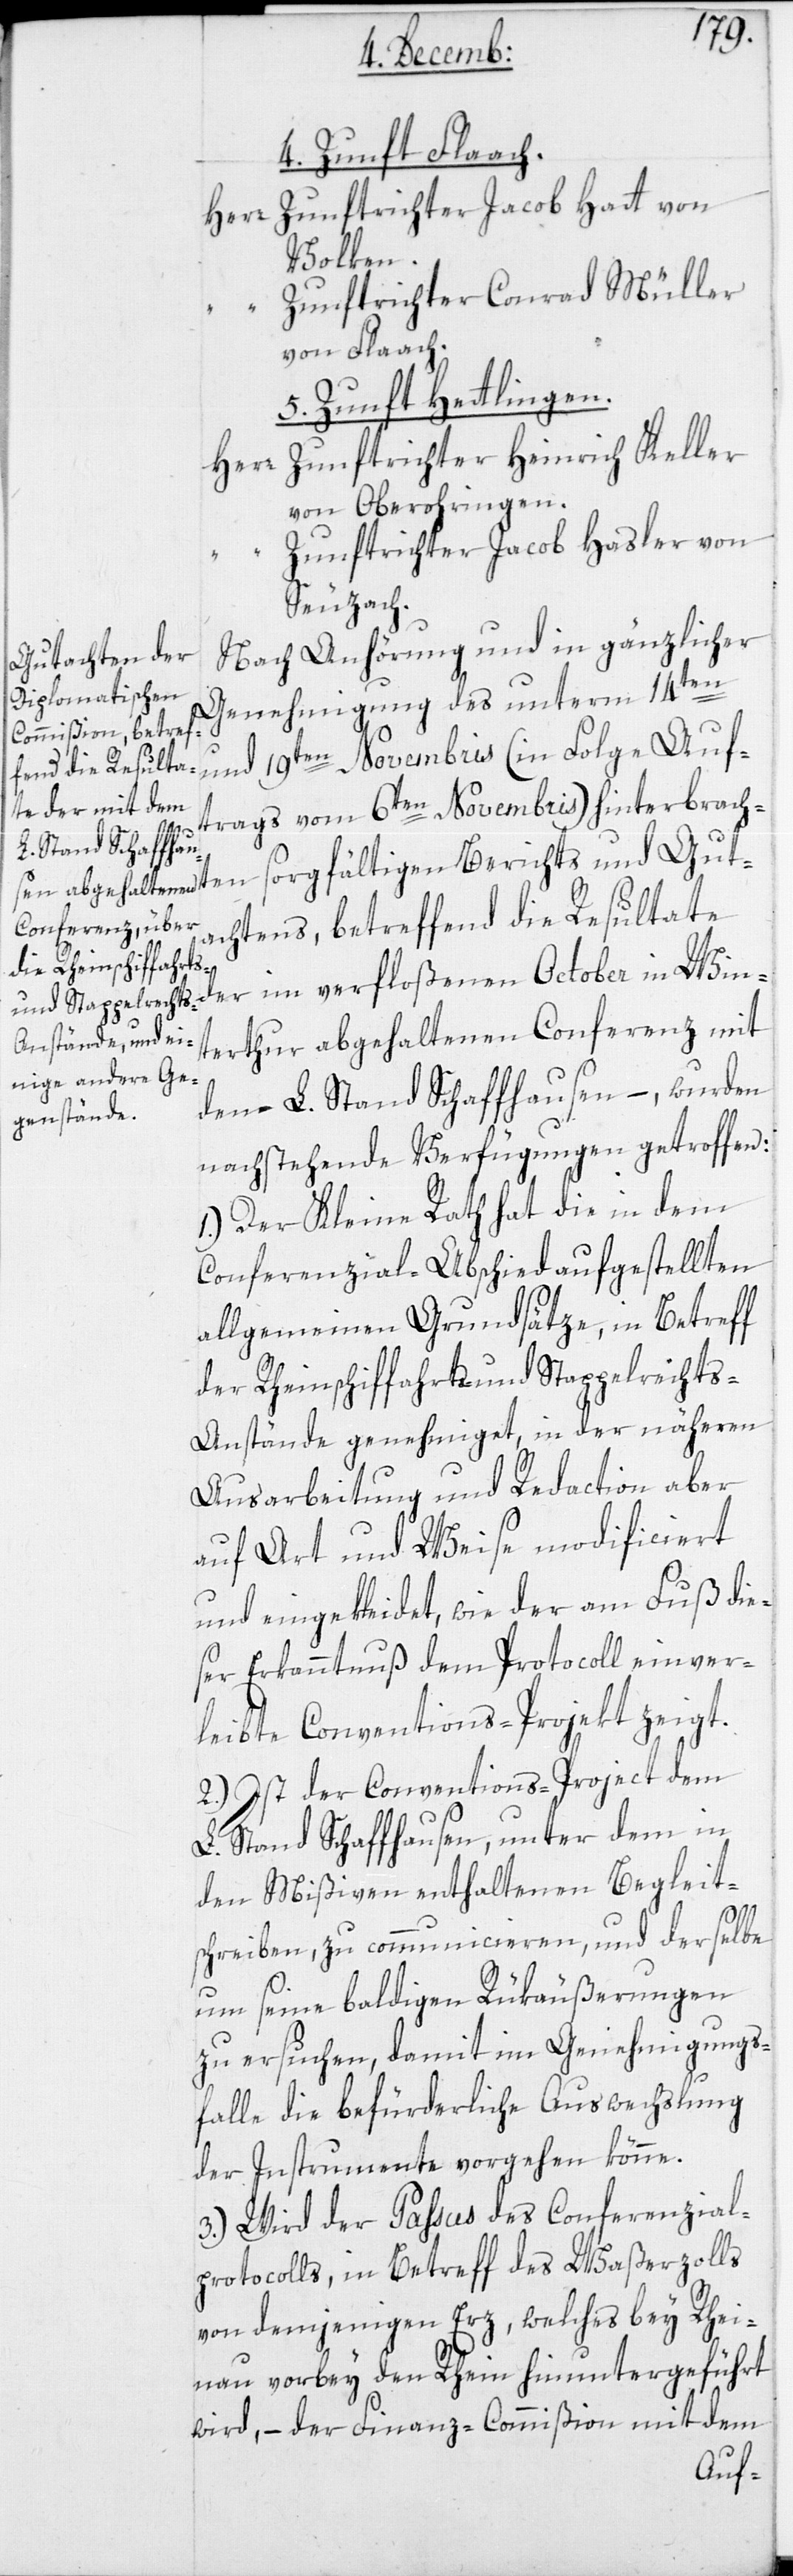
4. Zunft Flaach.
Zunftrichter Jacob Hatt von
Volken.
r Zunftrichter Conrad Müller
von Flaach.
5. Zunft Hettlingen.
Zunftrichter Heinrich Keller
Herr
von Oberohringen.
Zunftrichter Jacob Hasler von
Seuzach.
Nach Anhörung und in gänzlicher
Genehmigung des unterm 14ten
en
und 19ten Novembris (in Folge Auf¬
trags vom 6ten Novembris) hinterbracht¬
achtens, betreffend die Resultate
der im verfloßenen October in Win¬
terthur abgehaltenen Conferenz mit
dem L. Stand Schaffhausen, – wurden
nachstehende Verfügungen getroffen:
1.) Der Kleine Rath hat die in dem
Conferenzial-Abschied aufgestellten
allgemeinen Grundsätze, in Betreff
der Rheinschiffahrts- und Stappelrecht¬
s-Anstände genehmiget, in der näheren
Ausarbeitung und Redaction aber
auf Art und Weise modificiert
und eingekleidet, wie der am Fuß die¬
ser Erkanntnuß dem Protocoll einver¬
leibte Conventions-Projekt zeigt.
2.) Ist der Conventions-Project dem
L. Stand Schaffhausen, unter dem in
den Mißiven enthaltenen Begleit¬
schreiben, zu communicieren, und derselbe
um seine baldigen Rükäußerungen
zu ersuchen, damit im Genehmigungs¬
falle die befürderliche Auswechslung
der Instrumente vorgehen könne.
3.) Wird der Passus des Conferenzial¬
protocolls, in Betreff des Waßerzolls
von demjenigen Erz, welches bey Rhei¬
nau vorbei den Rhein hinuntergeführt
wird, – der Finanz-Commißion mit dem
Auf-